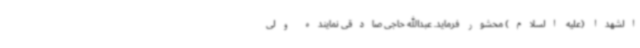
الشهدا (علیه السلام) محشور فرماید. عبدالله حاجی صادقی نماینده ولی